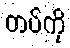
တပ်ကို